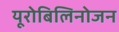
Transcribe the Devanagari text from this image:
यूरोबिलिनोजन